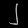
Digit: ၂